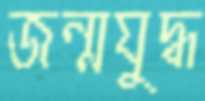
জন্মযুদ্ধ